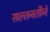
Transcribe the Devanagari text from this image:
सल्तनतीने